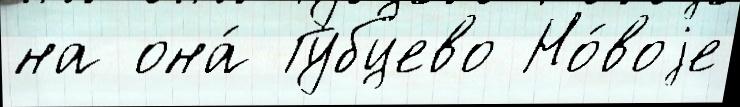
на она́ Губцево Но́воjе